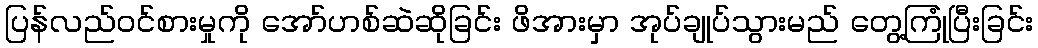
ပြန်လည်ဝင်စားမှုကို အော်ဟစ်ဆဲဆိုခြင်း ဖိအားမှာ အုပ်ချုပ်သွားမည် တွေ့ကြုံပြီးခြင်း